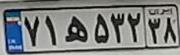
۷۱ه۵۳۲۳۸